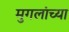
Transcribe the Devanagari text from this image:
मुगलांच्या